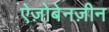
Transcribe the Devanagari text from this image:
ऐज़ोबेनज़ीन